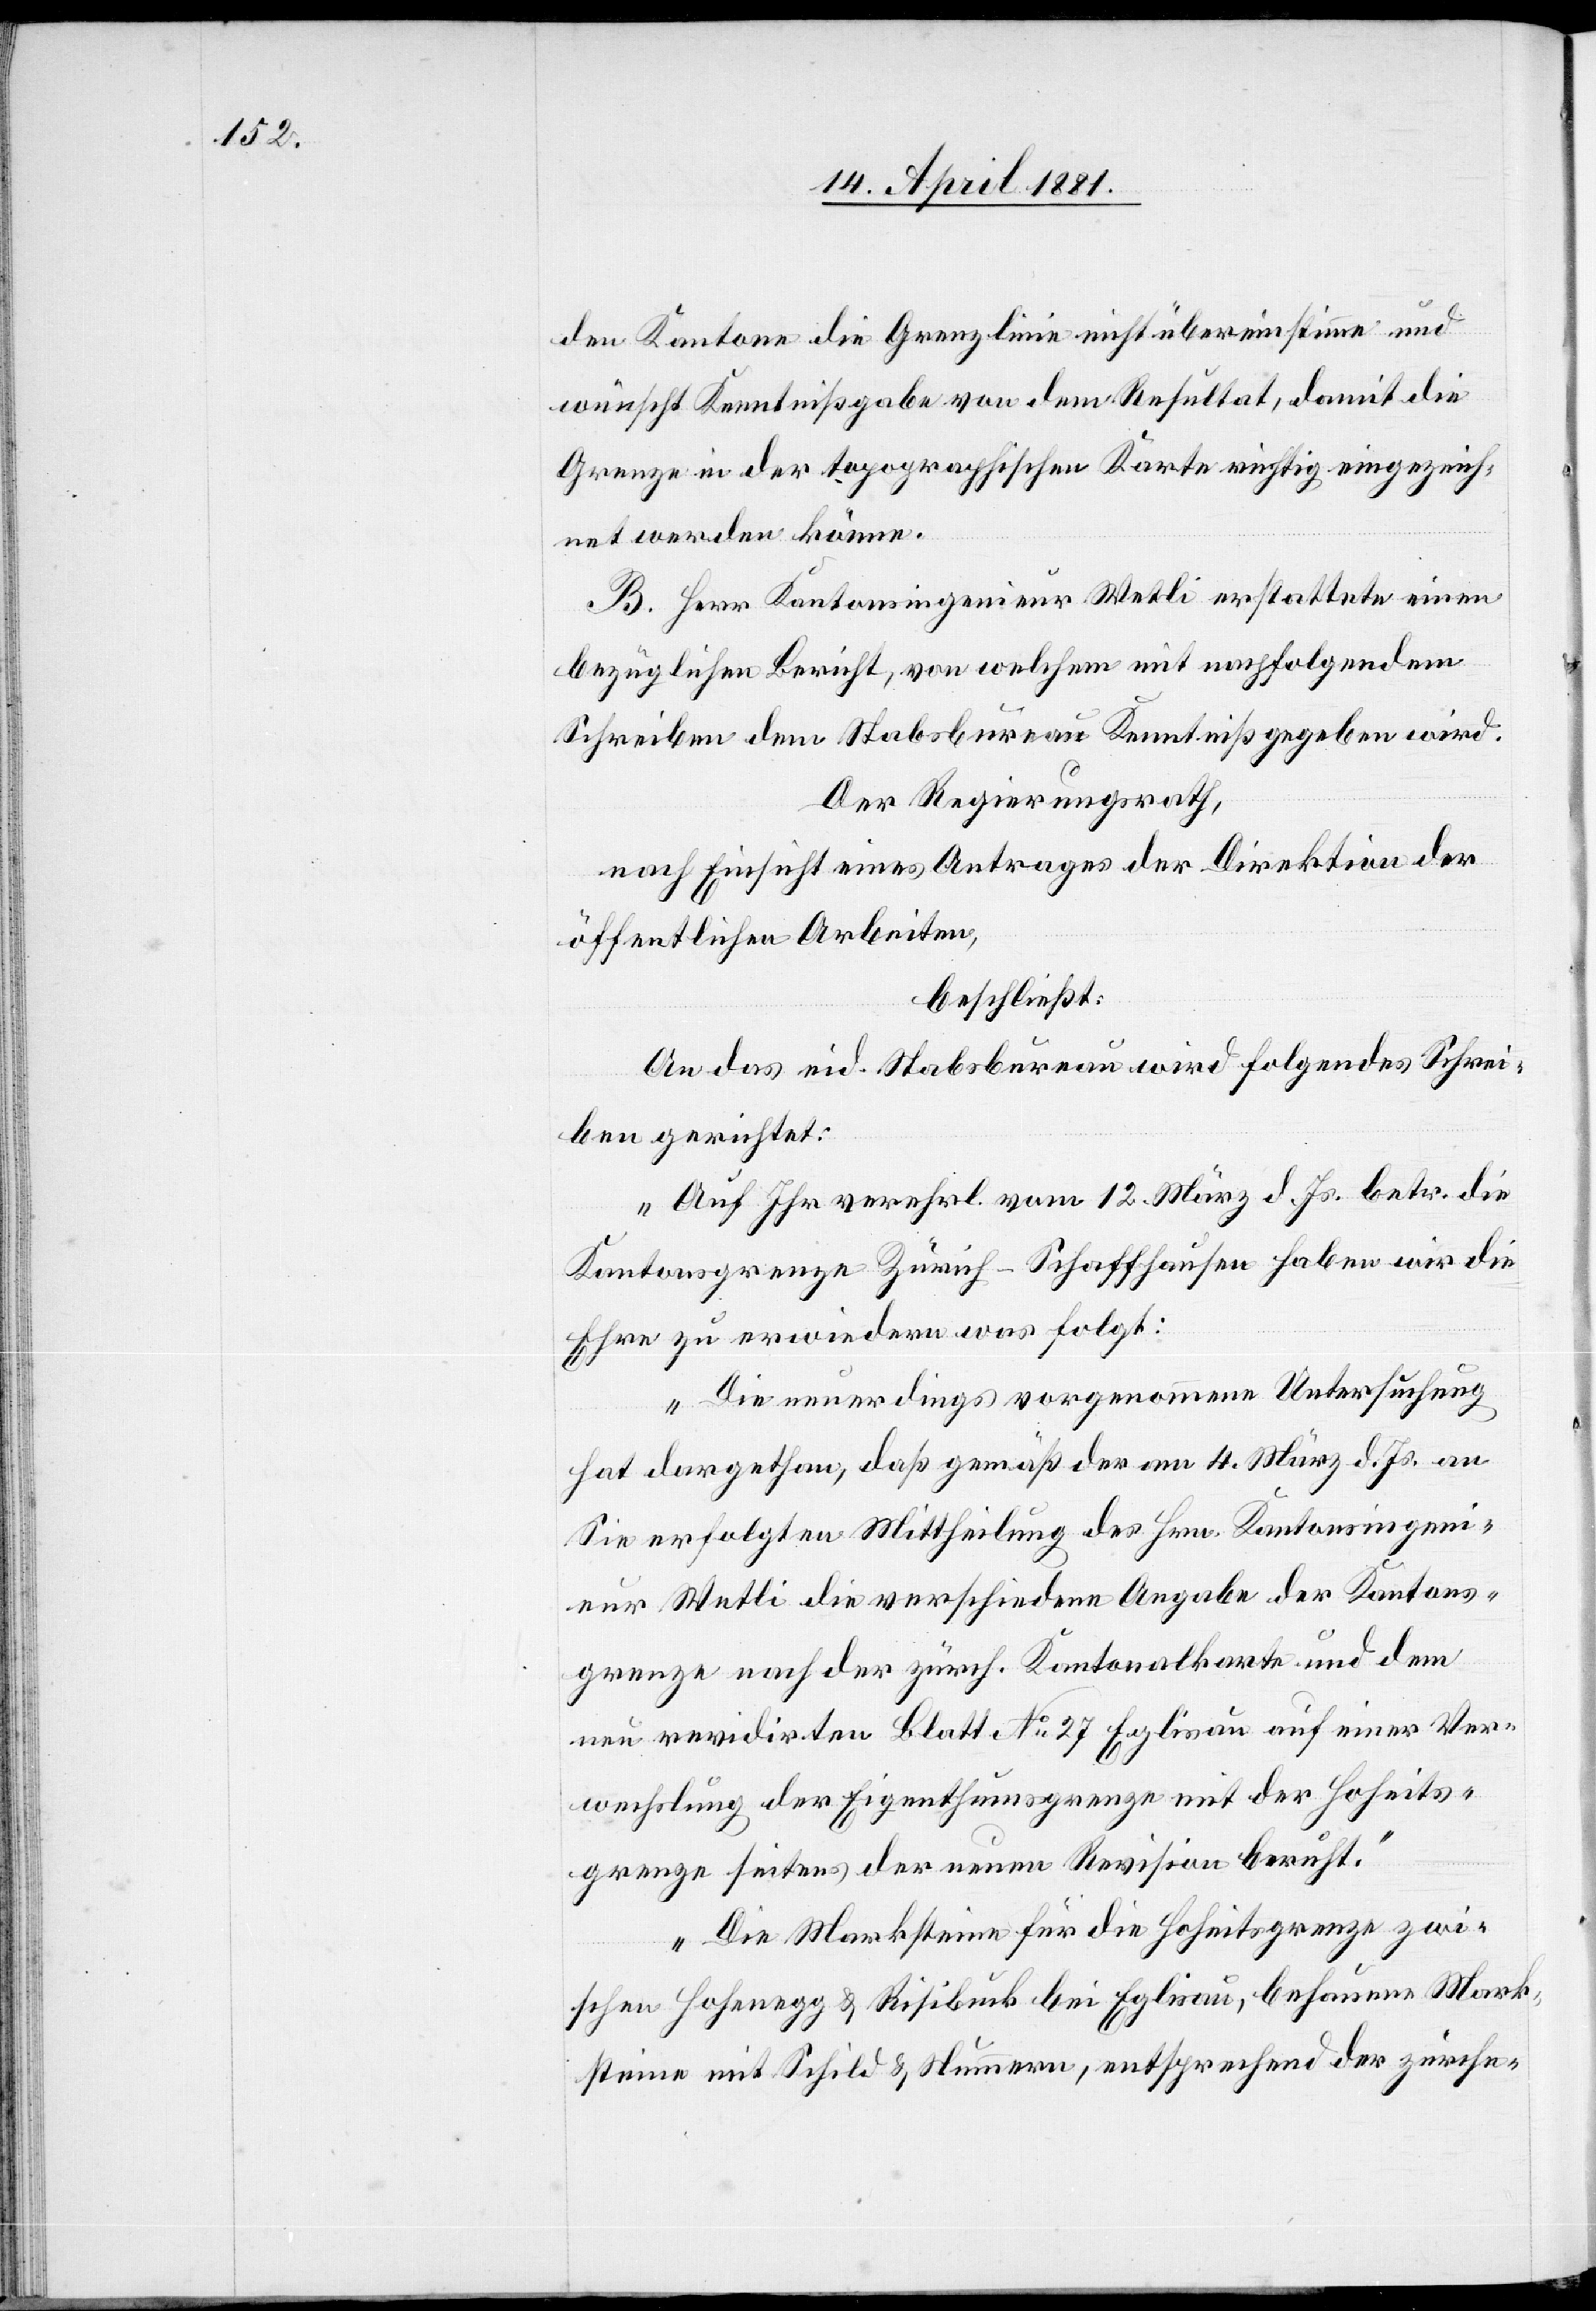
den Kantone die Grenzlinie nicht übereinstimmen und
wünscht Kenntnißgabe von dem Resultat, damit die
Grenze in der topographischen Karte richtig eingezeich¬
net werden könne.
B. Herr Kantonsingenieur Wetli erstattete einen
bezüglichen Bericht, von welchem mit nachfolgendem
Schreiben dem Stabsbureau Kenntniß gegeben wird.
Der Regierungsrath,
nach Einsicht eines Antrages der Direktion
öffentlichen Arbeiten,
beschließt:
An das eid. Stabsbureau wird folgendes Schrei¬
ben gerichtet:
„Auf Ihr verehrl. vom 12. März d. Js. betr. die
Kantonsgrenze Zürich-Schaffhausen haben wir die
Ehre zu erwiedern was folgt:
Die neuerdings vorgenommene Untersuchung
hat dargethan, daß gemäß der am 4. März d. Js. an
Sie erfolgten Mittheilung des Hrn. Kantonsingeni¬
eurs Wetli die verschiedene Angabe der Kantons¬
grenze nach der zürch. Kantonalkarte und dem
neu revidirten Blatt No 27 Eglisau auf einer Ver¬
wechslung der Eigenthumsgrenze mit der Hoheits¬
grenze seitens der neuen Revision beruht.
Die Marksteine für die Hoheitsgrenze zwi¬
schen Hohenegg & Risibuck bei Eglisau, behauene Mark¬
steine mit Schild & Nummern, entsprechend der zürche-